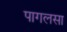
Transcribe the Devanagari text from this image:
पागलसा